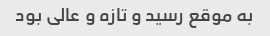
به موقع رسید و تازه و عالی بود